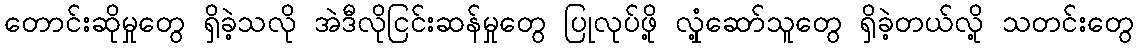
တောင်းဆိုမှုတွေ ရှိခဲ့သလို အဲဒီလိုငြင်းဆန်မှုတွေ ပြုလုပ်ဖို့ လှုံ့ဆော်သူတွေ ရှိခဲ့တယ်လို့ သတင်းတွေ